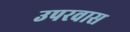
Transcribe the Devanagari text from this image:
उपरवास